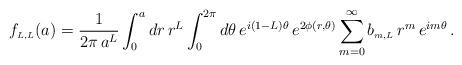
LaTeX: \begin{align*}f_{\scriptscriptstyle{L, L}}(a)=\frac{1}{2 \pi \, a^L}\int_0^a dr\,r^L\int_0^{2 \pi}d \theta\,e^{i (1 -L)\theta}\,e^{2 \phi(r,\theta)}\sum_{m=0}^{\infty} b_{\scriptscriptstyle{m, L}}\,r^m\,e^{i m \theta}\,.\end{align*}